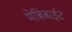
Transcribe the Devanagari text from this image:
मेबिबाईट